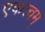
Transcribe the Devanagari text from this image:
एकत्वम्